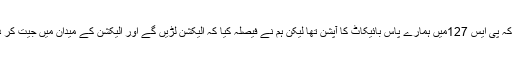
انہوں نے کہاکہ پی ایس 127میں ہمارے پاس بائیکاٹ کا آپشن تھا لیکن ہم نے فیصلہ کیا کہ الیکشن لڑیں گے اور الیکشن کے میدان میں جیت کر دکھائیں گے ۔